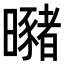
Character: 𣌁